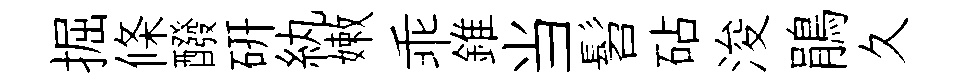
掘條醱硏紈嫩乖錐当髫砧浚鵑久